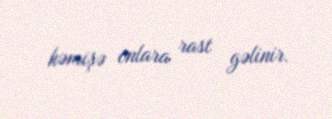
həmişə onlara rast gəlinir.